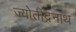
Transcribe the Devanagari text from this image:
ज्योतींद्रनाथ